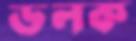
ডলক